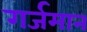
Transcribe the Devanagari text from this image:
गर्जमान